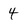
Character: 4